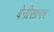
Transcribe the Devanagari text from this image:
बेनीसागर